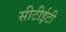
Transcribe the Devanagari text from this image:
सीटीईटी